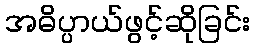
အဓိပ္ပာယ်ဖွင့်ဆိုခြင်း